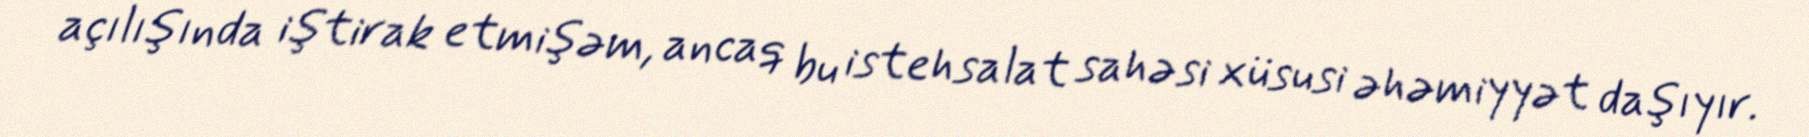
açılışında iştirak etmişəm, ancaq bu istehsalat sahəsi xüsusi əhəmiyyət daşıyır.